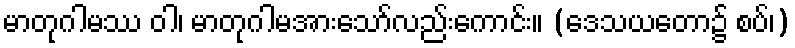
မာတုဂါမဿ ဝါ၊ မာတုဂါမအားသော်လည်းကောင်း။ (ဒေသယတော၌ စပ်၊)